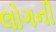
લોગની